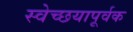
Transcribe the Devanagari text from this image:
स्वेच्छयापूर्वक